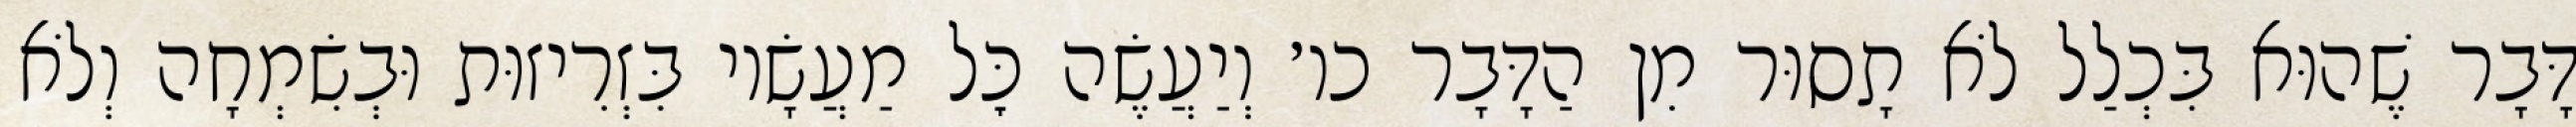
דָּבָר שֶׁהוּא בִּכְלַל לֹא תָסוּר מִן הַדָּבָר כו׳ וְיַעֲשֶׂה כׇּל מַעֲשָׂיו בִּזְרִיזוּת וּבְשִׂמְחָה וְלֹא